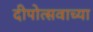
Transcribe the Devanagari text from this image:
दीपोत्सवाच्या